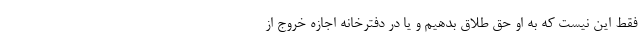
فقط این نیست که به او حق طلاق بدهیم و یا در دفترخانه اجازه خروج از